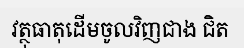
វត្ថុធាតុដើមចូលវិញជាង ជិត